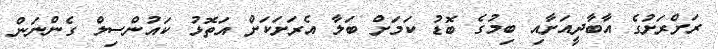
ރަށްރަށުގެ އާބާދީއަށާއި ބިމުގެ ބޮޑު ކަމަށް ބަލާ އެރަށަކަށް އަތޮޅު ކައުންސިލް ގެންނަން